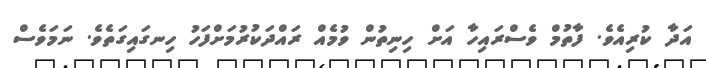
އަދާ ކުރިއެވެ. ފާތުމް ވެސްރައިހާ އަށް ހިނިތުން ވުމެއް ރައްދަކުރުމަށްފަހު ހިނގައިގަތެވެ. ނަމަވެސް